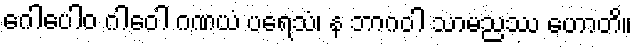
ဂေါပေါဝ ဂါဝေါ ဂဏယံ ပရေသံ၊ န ဘာဂဝါ သာမညဿ ဟောတိ။